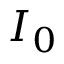
I _ { 0 }